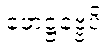
ဖောဋ္ဌဗ္ဗေပိ